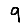
Digit: 9